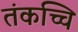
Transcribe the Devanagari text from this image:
तंकच्चि